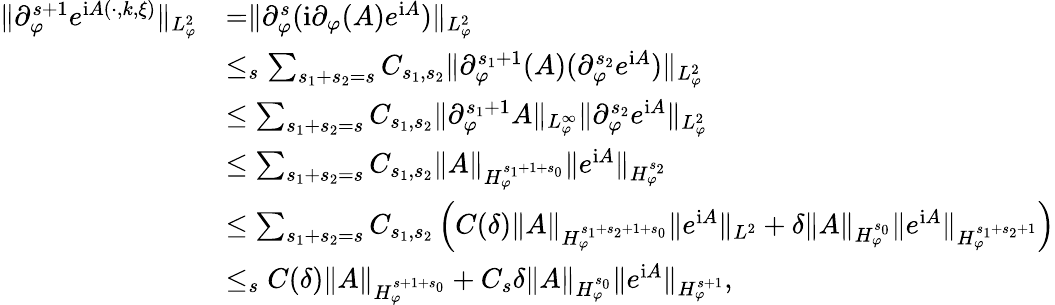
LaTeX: \begin{array}{rl}{\rVert\partial_{\varphi}^{s+1}e^{\mathrm{i}A(\cdot,k,\xi)}\rVert_{L_{\varphi}^{2}}}&{=\rVert\partial_{\varphi}^{s}(\mathrm{i}\partial_{\varphi}(A)e^{\mathrm{i}A})\rVert_{L_{\varphi}^{2}}}\\ &{\le_{s}\sum_{s_{1}+s_{2}=s}C_{s_{1},s_{2}}\rVert\partial_{\varphi}^{s_{1}+1}(A)(\partial_{\varphi}^{s_{2}}e^{\mathrm{i}A})\rVert_{L_{\varphi}^{2}}}\\ &{\le\sum_{s_{1}+s_{2}=s}C_{s_{1},s_{2}}\rVert\partial_{\varphi}^{s_{1}+1}A\rVert_{L_{\varphi}^{\infty}}\rVert\partial_{\varphi}^{s_{2}}e^{\mathrm{i}A}\rVert_{L_{\varphi}^{2}}}\\ &{\le\sum_{s_{1}+s_{2}=s}C_{s_{1},s_{2}}\rVert A\rVert_{H_{\varphi}^{s_{1}+1+s_{0}}}\rVert e^{\mathrm{i}A}\rVert_{H_{\varphi}^{s_{2}}}}\\ &{\le\sum_{s_{1}+s_{2}=s}C_{s_{1},s_{2}}\left(C(\delta)\rVert A\rVert_{H_{\varphi}^{s_{1}+s_{2}+1+s_{0}}}\rVert e^{\mathrm{i}A}\rVert_{L^{2}}+\delta\rVert A\rVert_{H_{\varphi}^{s_{0}}}\rVert e^{\mathrm{i}A}\rVert_{H_{\varphi}^{s_{1}+s_{2}+1}}\right)}\\ &{\le_{s}C(\delta)\rVert{A}\rVert_{H_{\varphi}^{s+1+s_{0}}}+C_{s}\delta\rVert A\rVert_{H_{\varphi}^{s_{0}}}\rVert e^{\mathrm{i}A}\rVert_{H_{\varphi}^{s+1}},}\end{array}